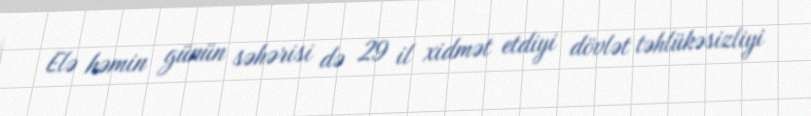
Elə həmin günün səhərisi də 29 il xidmət etdiyi dövlət təhlükəsizliyi